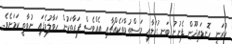
ކުރަނީ ހޮނޑައިދޫން ފެނުނު ބަނގުރަލާއި މަސްތުވާތަކެއްޗާއި އެއްވެސް ފަރާތަކުން ހަވާލުވެފައި ނުވާތީ ކަމަށެވެ.